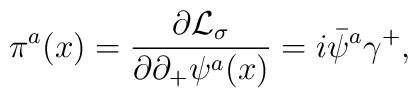
\pi^a(x)={\partial {\cal L}_{\sigma} \over \partial\partial_+\psi^a(x)}=i\bar \psi^a\gamma^+ ,